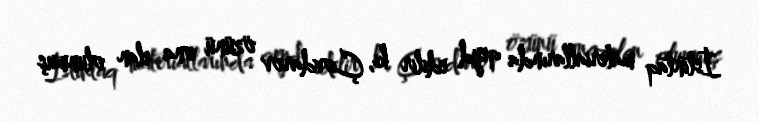
İstintaq materiallarında qeyd edilir ki, Çovdarov özünü ona elan olunmuş